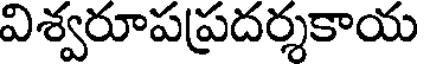
విశ్వరూపప్రదర్శకాయ